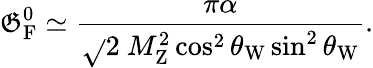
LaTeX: \mathfrak{G}_{\mathrm{{{F}}}}^{0}\simeq{\frac{{\pi\alpha}}{{{\sqrt{}{{2}}}~M_{\mathrm{{{Z}}}}^{2}\cos^{2}\theta_{\mathrm{{{W}}}}\sin^{2}\theta_{\mathrm{{{W}}}}}}}.